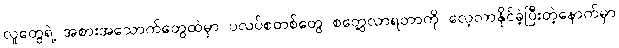
လူတွေရဲ့ အစားအသောက်တွေထဲမှာ ပလပ်စတစ်တွေ စတွေ့လာရတာကို လေ့လာနိုင်ခဲ့ပြီးတဲ့နောက်မှာ